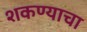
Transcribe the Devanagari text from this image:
शकण्याचा